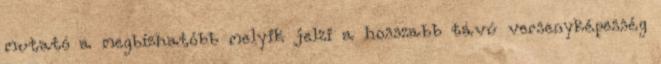
mutató a megbízhatóbb melyik jelzi a hosszabb távú versenyképesség